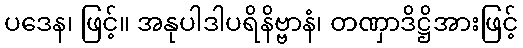
ပဒေန၊ ဖြင့်။ အနုပါဒါပရိနိဗ္ဗာနံ၊ တဏှာဒိဋ္ဌိအားဖြင့်